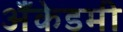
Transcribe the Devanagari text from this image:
अँकेडमी